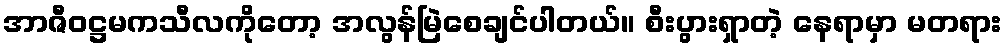
အာဇီဝဋ္ဌမကသီလကိုတော့ အလွန်မြဲစေချင်ပါတယ်။ စီးပွားရှာတဲ့ နေရာမှာ မတရား